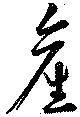
産